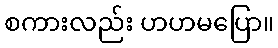
စကားလည်း ဟဟမပြော။